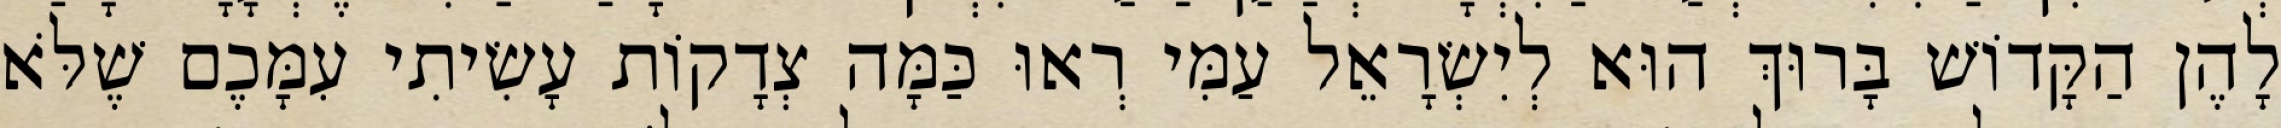
לָהֶן הַקָּדוֹשׁ בָּרוּךְ הוּא לְיִשְׂרָאֵל עַמִּי רְאוּ כַּמָּה צְדָקוֹת עָשִׂיתִי עִמָּכֶם שֶׁלֹּא